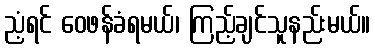
ညံ့ရင် ဝေဖန်ခံရမယ်၊ ကြည့်ချင်သူနည်းမယ်။